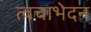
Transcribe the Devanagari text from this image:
त्वचाभेदन